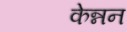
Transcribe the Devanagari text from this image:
केन्नन